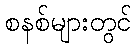
စနစ်များတွင်